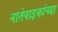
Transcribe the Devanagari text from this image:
नातेवाइकांच्या